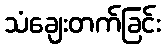
သံချေးတက်ခြင်း